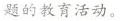
题的教育活动。